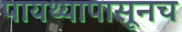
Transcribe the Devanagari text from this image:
पायथ्यापासूनच